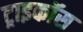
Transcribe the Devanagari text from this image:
ट्राइकॉस